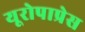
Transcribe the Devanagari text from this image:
यूरोपाप्रेस